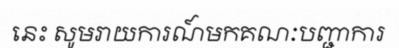
នេះ សូមរាយការណ៍មកគណៈបញ្ជាការ